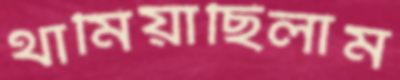
থামিয়াছিলাম